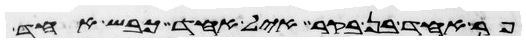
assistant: פר אחד בן בקר איל אחד כבש אחד